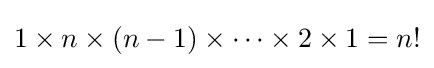
1\times n\times (n-1)\times \cdots \times 2\times 1=n!